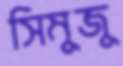
সিমুজু